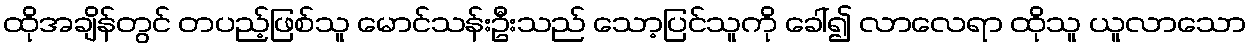
ထိုအချိန်တွင် တပည့်ဖြစ်သူ မောင်သန်းဦးသည် သော့ပြင်သူကို ခေါ်၍ လာလေရာ ထိုသူ ယူလာသော